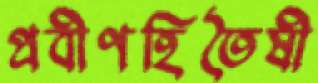
প্রবীণহিতৈষী